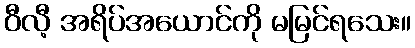
ဝီလီ့ အရိပ်အယောင်ကို မမြင်ရသေး။